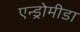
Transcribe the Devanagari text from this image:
एन्ड्रोमीडा